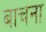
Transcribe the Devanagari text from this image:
बाचना